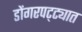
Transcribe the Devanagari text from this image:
डोंगरपट्ट्यात